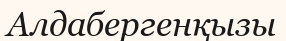
Алдабергенқызы